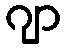
ဂျာ